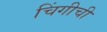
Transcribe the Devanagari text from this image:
चिंगीची